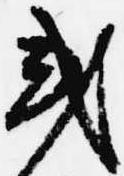
或